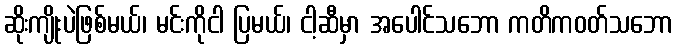
ဆိုးကျိုးပဲဖြစ်မယ်၊ မင်းကိုငါ ပြမယ်၊ ငါ့ဆီမှာ အပေါင်သဘော ကတိကဝတ်သဘော